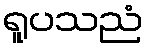
ရူပသညံ